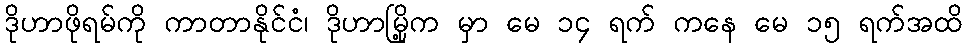
ဒိုဟာဖိုရမ်ကို ကာတာနိုင်ငံ၊ ဒိုဟာမြို့က မှာ မေ ၁၄ ရက် ကနေ မေ ၁၅ ရက်အထိ